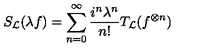
S _ { \cal L } ( \lambda f ) = \sum _ { n = 0 } ^ { \infty } \frac { i ^ { n } \lambda ^ { n } } { n ! } T _ { \cal L } ( f ^ { \otimes n } )